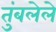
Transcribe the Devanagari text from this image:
तुंबलेले